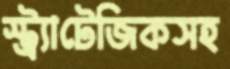
স্ট্র্যাটেজিকসহ